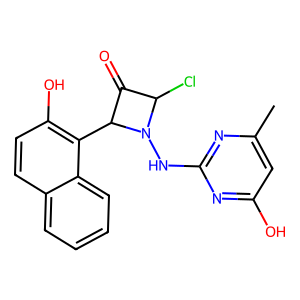
SMILES: Cc1cc(O)nc(NN2C(Cl)C(=O)C2c2c(O)ccc3ccccc23)n1
Inhibits HIV replication: No